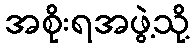
အစိုးရအဖွဲ့သို့